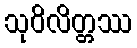
သုဝိလိတ္တဿ